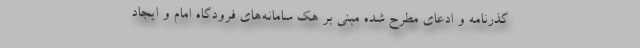
گذرنامه و ادعای مطرح شده مبنی بر هک سامانه‌های فرودگاه امام و ایجاد